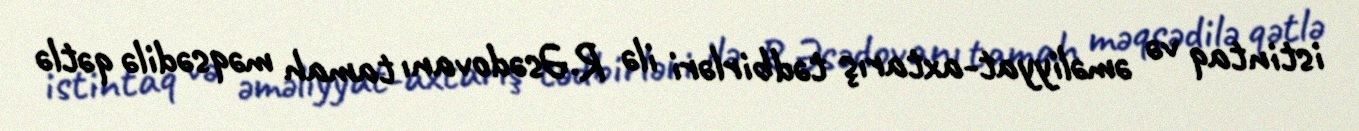
istintaq və əməliyyat-axtarış tədbirləri ilə R.Əsədovanı tamah məqsədilə qətlə